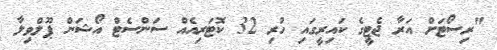
"ރިސޯޓަށް އަރާ ޖެޓީގެ ކައިރީގައި ހުރި 32 ކޮޓަރިއެއް ސަންސެޓް އޯޝަން ޕޫލްވިލާ